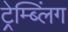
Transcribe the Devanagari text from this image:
ट्रेम्ब्लिंग